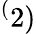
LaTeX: ^(2)